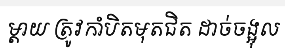
ម្តាយ ត្រូវកាំបិតមុតជិត ដាច់ចង្អុល